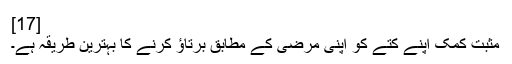
[17]
مثبت کمک اپنے کتے کو اپنی مرضی کے مطابق برتاؤ کرنے کا بہترین طریقہ ہے۔